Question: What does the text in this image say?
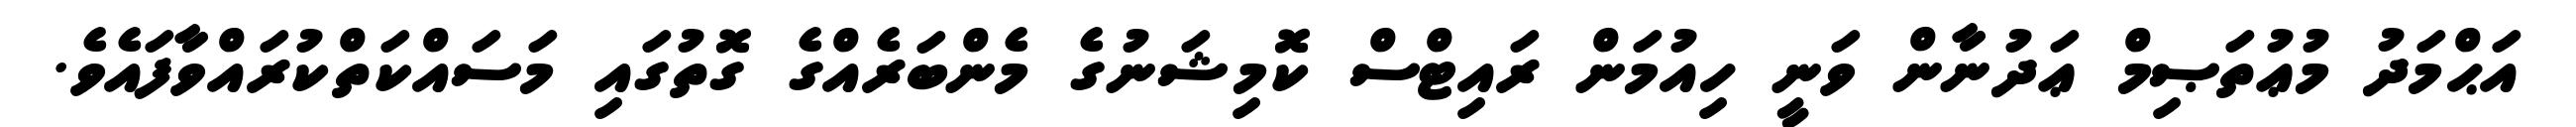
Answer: އަޙްމަދު މުޢުތަޞިމް ޢަދުނާން ވަނީ ހިއުމަން ރައިޓްސް ކޮމިޝަނުގެ މެންބަރެއްގެ ގޮތުގައި މަސައްކަތްކުރައްވާފައެވެ.